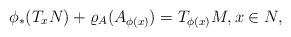
LaTeX: \begin{gather*} \phi_*(T_xN) + \varrho_A(A_{\phi(x)}) = T_{\phi(x)}M, x \in N,\end{gather*}